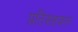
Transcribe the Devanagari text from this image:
प्रतिसहकार